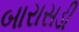
બારાસડી